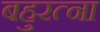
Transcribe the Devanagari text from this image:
बहुरत्ना